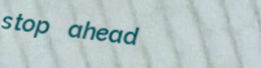
stop ahead